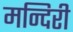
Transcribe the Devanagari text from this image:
मन्दिरी